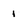
Character: 1